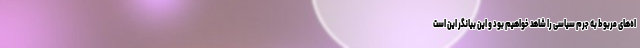
اه‌های مربوط به جرم سیاسی را شاهد خواهیم بود و این بیانگر این است